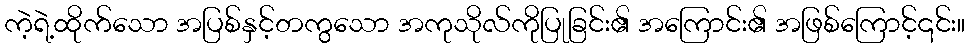
ကဲ့ရဲ့ထိုက်သော အပြစ်နှင့်တကွသော အကုသိုလ်ကိုပြုခြင်း၏ အကြောင်း၏ အဖြစ်ကြောင့်၎င်း။